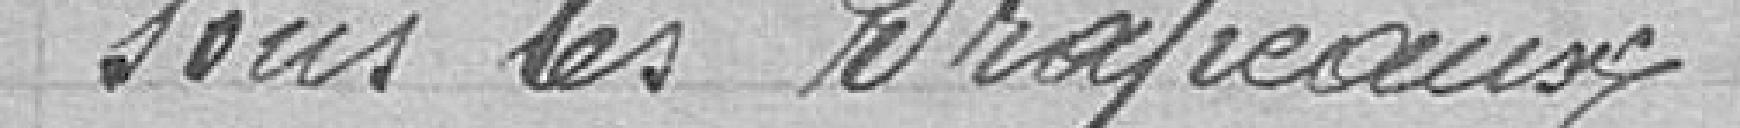
sous les drapeaux